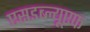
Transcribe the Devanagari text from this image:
एसडब्ल्यूएफ